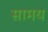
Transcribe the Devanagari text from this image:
सामय